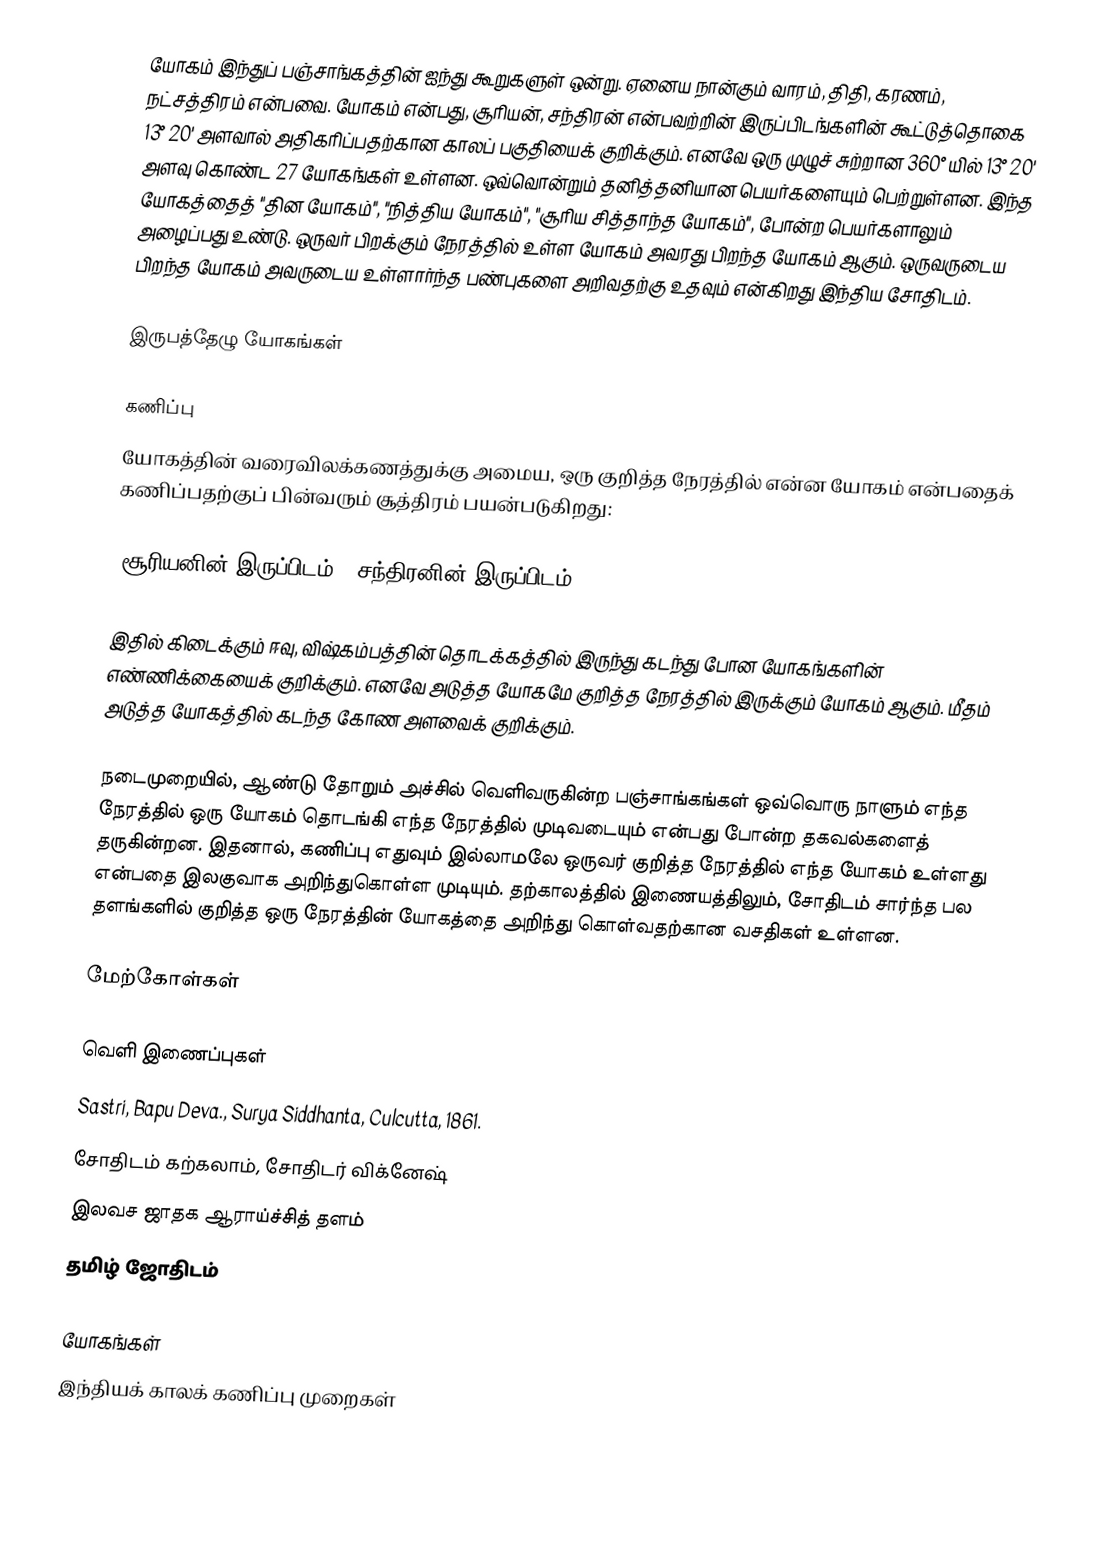
யோகம் இந்துப் பஞ்சாங்கத்தின் ஐந்து கூறுகளுள் ஒன்று. ஏனைய நான்கும் வாரம், திதி, கரணம், நட்சத்திரம் என்பவை. யோகம் என்பது, சூரியன், சந்திரன்  என்பவற்றின் இருப்பிடங்களின் கூட்டுத்தொகை 13° 20' அளவால் அதிகரிப்பதற்கான காலப் பகுதியைக் குறிக்கும். எனவே ஒரு முழுச் சுற்றான 360° யில் 13° 20' அளவு கொண்ட 27 யோகங்கள் உள்ளன. ஒவ்வொன்றும் தனித்தனியான பெயர்களையும் பெற்றுள்ளன. இந்த யோகத்தைத் "தின யோகம்", "நித்திய யோகம்", "சூரிய சித்தாந்த யோகம்", போன்ற பெயர்களாலும் அழைப்பது உண்டு. ஒருவர் பிறக்கும் நேரத்தில் உள்ள யோகம் அவரது பிறந்த யோகம் ஆகும். ஒருவருடைய பிறந்த யோகம் அவருடைய உள்ளார்ந்த பண்புகளை அறிவதற்கு உதவும் என்கிறது இந்திய சோதிடம்.

இருபத்தேழு யோகங்கள்

கணிப்பு
யோகத்தின் வரைவிலக்கணத்துக்கு அமைய, ஒரு குறித்த நேரத்தில் என்ன யோகம் என்பதைக் கணிப்பதற்குப் பின்வரும் சூத்திரம் பயன்படுகிறது:

(சூரியனின்_இருப்பிடம் + சந்திரனின்_இருப்பிடம்) / 13° 20'

இதில் கிடைக்கும் ஈவு, விஷ்கம்பத்தின் தொடக்கத்தில் இருந்து கடந்து போன யோகங்களின் எண்ணிக்கையைக் குறிக்கும். எனவே அடுத்த யோகமே குறித்த நேரத்தில் இருக்கும் யோகம் ஆகும். மீதம் அடுத்த யோகத்தில் கடந்த கோண அளவைக் குறிக்கும்.

நடைமுறையில், ஆண்டு தோறும் அச்சில் வெளிவருகின்ற பஞ்சாங்கங்கள் ஒவ்வொரு நாளும் எந்த நேரத்தில் ஒரு யோகம் தொடங்கி எந்த நேரத்தில் முடிவடையும் என்பது போன்ற தகவல்களைத் தருகின்றன. இதனால், கணிப்பு எதுவும் இல்லாமலே ஒருவர் குறித்த நேரத்தில் எந்த யோகம் உள்ளது என்பதை இலகுவாக அறிந்துகொள்ள முடியும். தற்காலத்தில் இணையத்திலும், சோதிடம் சார்ந்த பல தளங்களில் குறித்த ஒரு நேரத்தின் யோகத்தை அறிந்து கொள்வதற்கான வசதிகள் உள்ளன.

மேற்கோள்கள்

வெளி இணைப்புகள்
 Sastri, Bapu Deva., Surya Siddhanta, Culcutta, 1861.
 சோதிடம் கற்கலாம், சோதிடர் விக்னேஷ்
 இலவச ஜாதக ஆராய்ச்சித் தளம்
 தமிழ் ஜோதிடம்

யோகங்கள்
இந்தியக் காலக் கணிப்பு முறைகள்